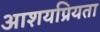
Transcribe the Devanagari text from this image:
आशयप्रियता